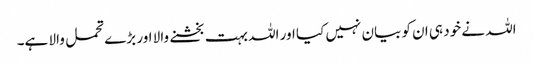
اللہ نے خود ہی ان کو بیان نہیں کیا اور اللہ بہت بخشنے والا اور بڑے تحمل والا ہے۔